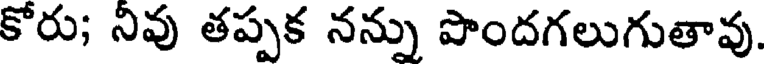
కోరు; నివు తప్పక నన్ను పొందగలుగుతావు.